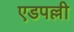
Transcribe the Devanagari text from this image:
एडपल्ली